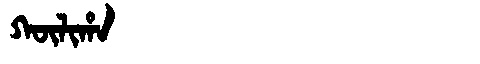
Manchu: ᡴᡡᠯᡳᡥᠠ
Romanization: KŪLIHA